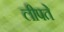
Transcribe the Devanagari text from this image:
लीपते